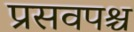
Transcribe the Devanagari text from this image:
प्रसवपश्च